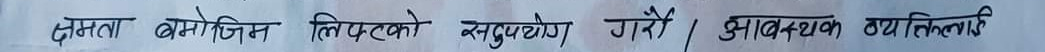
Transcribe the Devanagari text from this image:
क्षमता बमोजिम लिफटको दुरुपयोग गरेँ। आवश्यक व्यक्तिलाई